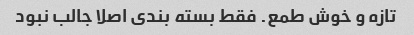
تازه و خوش طمع. فقط بسته بندی اصلا جالب نبود